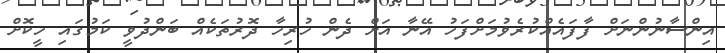
އިންސާނުންނަށް ފާފައެއްކުރެވުމަށްފަހު އޭނާ އަށް ދެން ހުރިހާ ދޮރުތަކެއް ބަންދުވީ ކަމުގައި ހީކޮށް